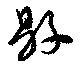
縣